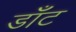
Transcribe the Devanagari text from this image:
डॉँट